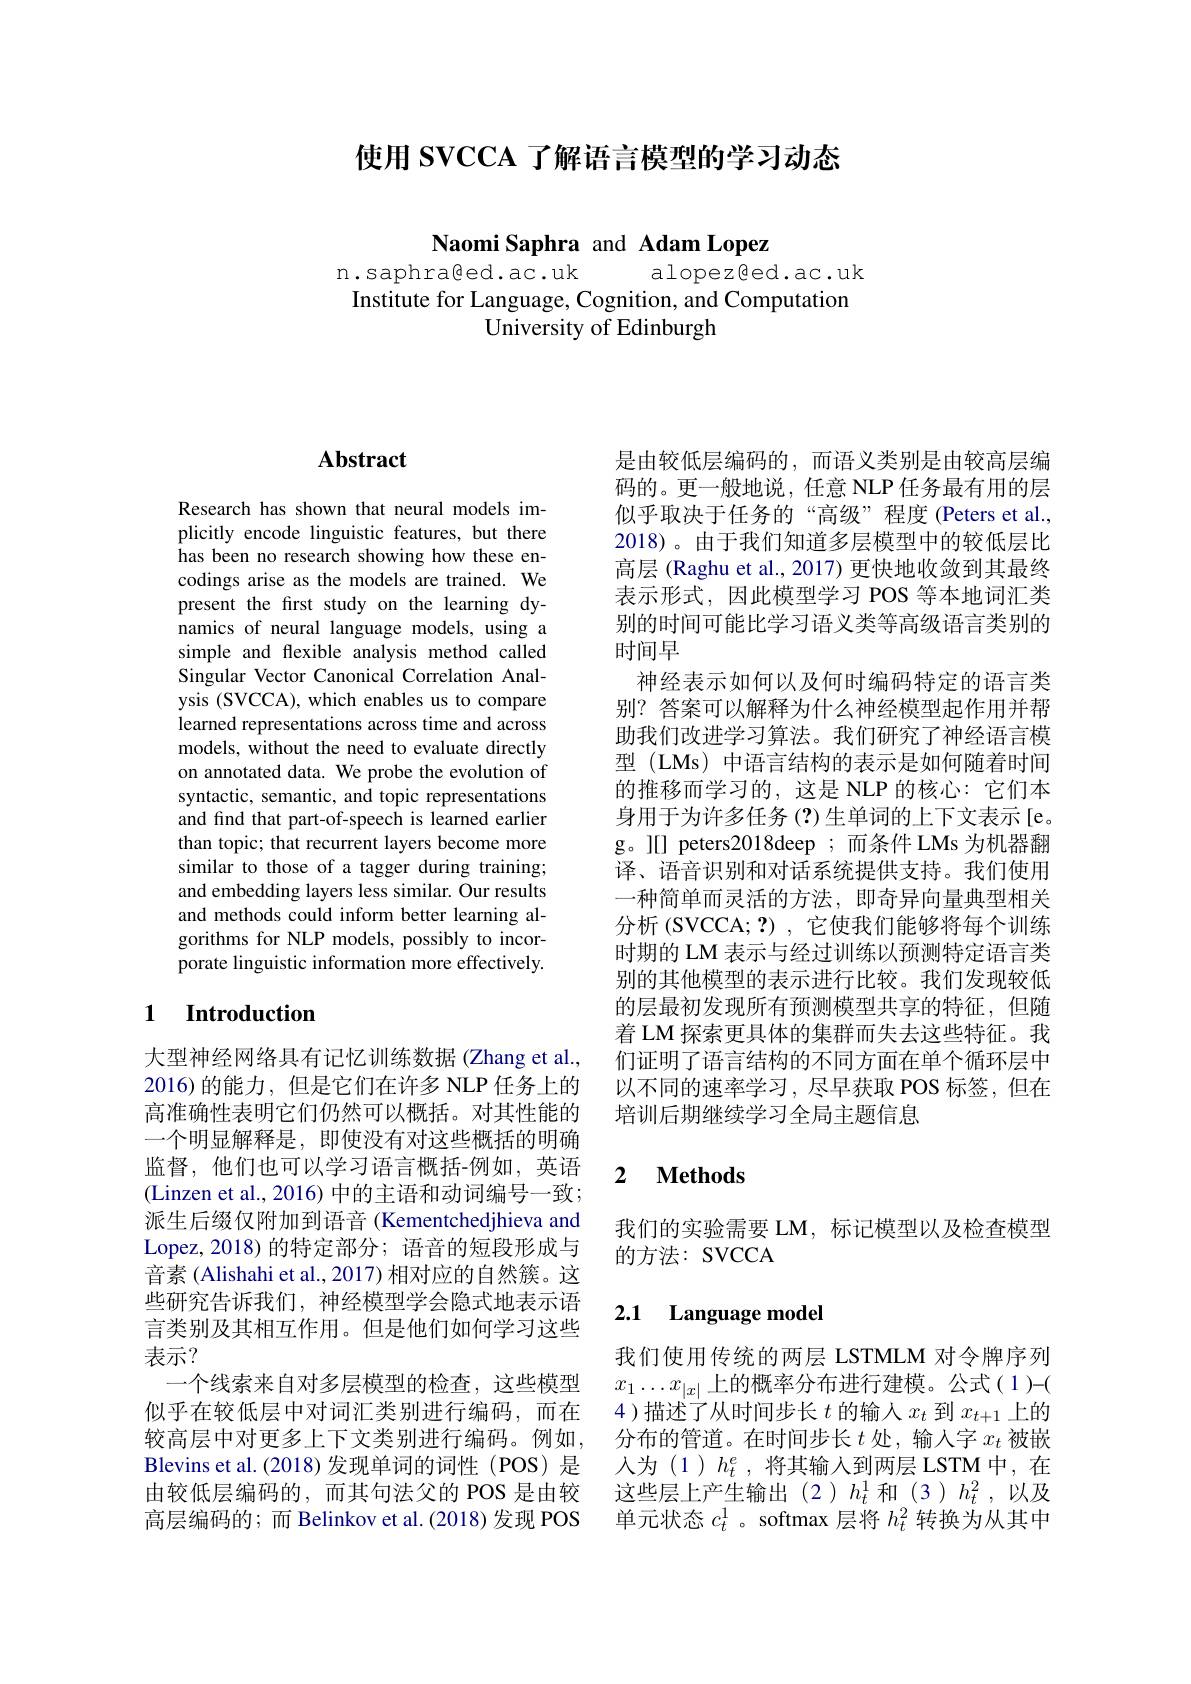
使用 SVCCA 了解语言模型的学习动态

Naomi Saphra and Adam Lopez

n.saphraßed.ac.uk alopezßed.ac.uk Institute for Language, Cognition, and Computation
University of Edinburgh

## Abstract

Research has shown that neural models implicitly encode linguistic features, but there has been no research showing how these encodings arise as the models are trained. We present the first study on the learning dynamics of neural language models, using a simple and flexible analysis method called Singular Vector Canonical Correlation Analysis (SVCCA), which enables us to compare learned representations across time and across models, without the need to evaluate directly on annotated data. We probe the evolution of syntactic, semantic, and topic representations and find that part-of-speech is learned earlier than topic; that recurrent layers become more similar to those of a tagger during training; and embedding layers less similar. Our results and methods could inform better learning algorithms for NLP models, possibly to incorporate linguistic information more effectively.

## 1 Introduction

大型神经网络具有记忆训练数据 (Zhang et al., 2016)的能力，但是它们在许多 NLP 任务上的高准确性表明它们仍然可以概括。对其性能的一个明显解释是，即使没有对这些概括的明确监督，他们也可以学习语言概括-例如，英语(Linzen et al., 2016) 中的主语和动词编号一致； 派生后缀仅附加到语音 (Kementchedjhieva and Lopez,2018)的特定部分；语音的短段形成与音素 (Alishahi et al., 2017) 相对应的自然簇。这些研究告诉我们，神经模型学会隐式地表示语言类别及其相互作用。但是他们如何学习这些表示？
一个线索来自对多层模型的检查，这些模型似乎在较低层中对词汇类别进行编码，而在较高层中对更多上下文类别进行编码。例如，分布的管道。在时间步长$t$处，输入字$x_t$被嵌
Blevins et al. (2018)发现单词的词性 (POS) 是
由较低层编码的，而其句法父的 POS 是由较 这些层上产生输出(2)$h_t^1$ 和(3)$h_t^2$,以及
高层编码的；而 Belinkov et al.(2018)发现 POS

是由较低层编码的，而语义类别是由较高层编码的。更一般地说，任意 NLP 任务最有用的层似乎取决于任务的“高级”程度(Peters et al., 2018)。由于我们知道多层模型中的较低层比高层 (Raghu et al., 2017) 更快地收敛到其最终表示形式，因此模型学习 POS 等本地词汇类别的时间可能比学习语义类等高级语言类别的时间早
神经表示如何以及何时编码特定的语言类别？答案可以解释为什么神经模型起作用并帮助我们改进学习算法。我们研究了神经语言模型 (LMs) 中语言结构的表示是如何随着时间的推移而学习的，这是 NLP 的核心：它们本身用于为许多任务(?)生单词的上下文表示[e。g。][] peters2018deep;而条件 LMs 为机器翻译、语音识别和对话系统提供支持。我们使用一种简单而灵活的方法，即奇异向量典型相关分析 (SVCCA;?) ,它使我们能够将每个训练时期的 LM 表示与经过训练以预测特定语言类别的其他模型的表示进行比较。我们发现较低的层最初发现所有预测模型共享的特征，但随着 LM 探索更具体的集群而失去这些特征。我们证明了语言结构的不同方面在单个循环层中以不同的速率学习，尽早获取 POS 标签，但在培训后期继续学习全局主题信息

### 2 $\textbf{Methods}$

我们的实验需要 LM, 标记模型以及检查模型
的方法：SVCCA

## 2.1 Language model

我们使用传统的两层 LSTMLM 对令牌序列$x_1\ldots x_{|x|}$上的概率分布进行建模。公式(1)-( 4)描述了从时间步长$t$ 的输人$x_t$ 到$x_t+1$上的人为(1)$h_t^e$,将其输入到两层 LSTM 中，在单元状态$c_t^1$ 。softmax 层将$h_t^2$转换为从其中